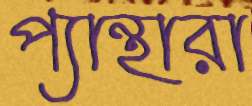
প্যান্থারা